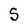
Character: S